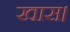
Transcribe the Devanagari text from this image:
खास।